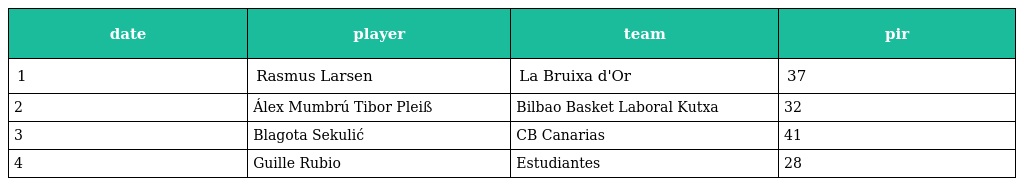
| date | player | team | pir |
 | --- | --- | --- | --- |
 | 1 | Rasmus Larsen | La Bruixa d'Or | 37 |
 | 2 | Álex Mumbrú Tibor Pleiß | Bilbao Basket Laboral Kutxa | 32 |
 | 3 | Blagota Sekulić | CB Canarias | 41 |
 | 4 | Guille Rubio | Estudiantes | 28 |